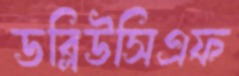
ডব্লিউসিএফ